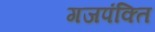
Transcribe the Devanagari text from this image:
गजपंक्ति